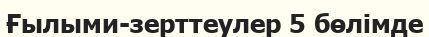
Ғылыми-зерттеулер 5 бөлімде